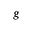
g